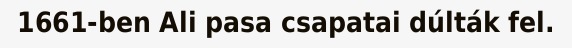
1661-ben Ali pasa csapatai dúlták fel.